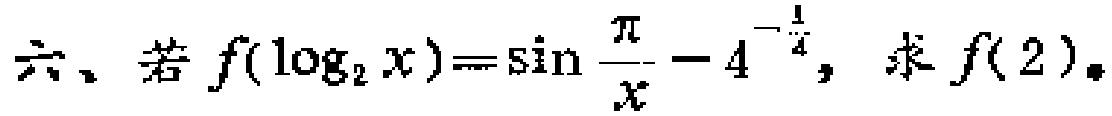
六、若\(f(\log_{2}x)=\sin\frac{\pi}{x}-4^{-\frac{1}{4}}\)，求\(f(2)\)。